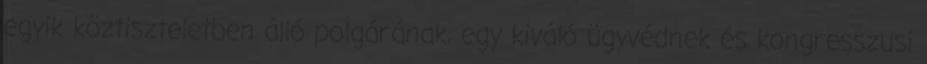
egyik köztiszteletben álló polgárának, egy kiváló ügyvédnek és kongresszusi